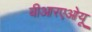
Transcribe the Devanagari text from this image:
बीआरएओयू